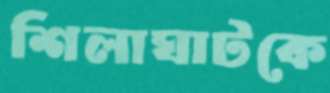
শিলাঘাটকে